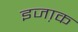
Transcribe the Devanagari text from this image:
इजा़क